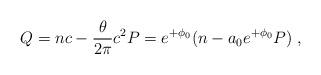
LaTeX: \begin{align*}Q=nc-\frac{\theta}{2\pi} c^{2}P=e^{+\phi_{0}}(n-a_{0}e^{+\phi_{0}}P)\; ,\end{align*}